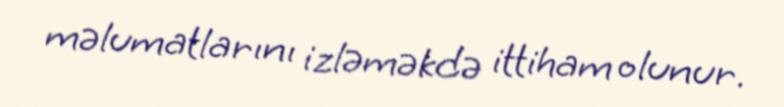
məlumatlarını izləməkdə ittiham olunur.